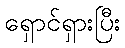
ရှောင်ရှားပြီး